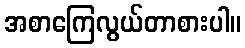
အစာကြေလွယ်တာစားပါ။